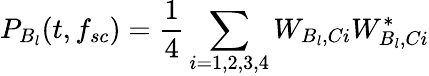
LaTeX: P_{B_{l}}(t,f_{sc})=\frac{1}{4}\sum_{i=1,2,3,4}W_{B_{l},Ci}W_{B_{l},Ci}^{*}